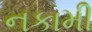
નકામી